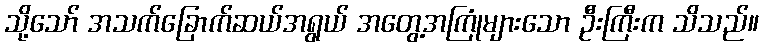
သို့သော် အသက်ခြောက်ဆယ်အရွယ် အတွေ့အကြုံများသော ဦးကြီးက သိသည်။